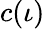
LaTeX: c(\iota)